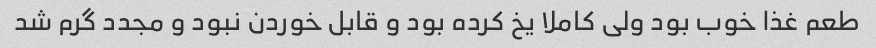
طعم غذا خوب بود ولی کاملا یخ کرده بود و قابل خوردن نبود و مجدد گرم شد